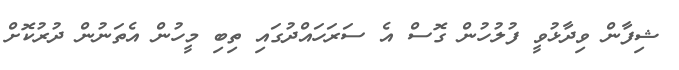
ޝިފާން ވިދާޅުވީ ފުލުހުން ގޮސް އެ ސަރަހައްދުގައި ތިބި މީހުން އެތަނުން ދުރުކޮށް